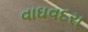
વાઘવદરા